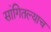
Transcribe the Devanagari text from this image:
सांगितल्याच